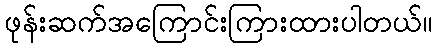
ဖုန်းဆက်အကြောင်းကြားထားပါတယ်။